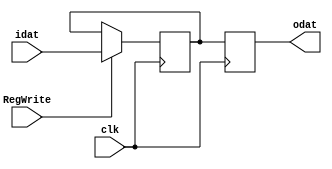
`timescale 1ns / 1ps
//////////////////////////////////////////////////////////////////////////////////
// Company: 
// Engineer: 
// 
// Design Name: 
// Module Name:    PCregister 
// Project Name: 
// Target Devices: 
// Tool versions: 
// Description: 
//
// Dependencies: 
//
// Revision: 
// Revision 0.01 - File Created
// Additional Comments: 
//
//////////////////////////////////////////////////////////////////////////////////
module PCregister(
        input clk,
        input RegWrite,
        input [31:0]idat,
        output reg[31:0]odat
    );
    reg[31:0] kdat;

    always @(negedge clk) begin
        if (RegWrite) kdat <= idat;
    end

    always @(posedge clk) begin
		odat = kdat;
    end


endmodule